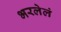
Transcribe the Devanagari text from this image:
भरलेलं